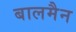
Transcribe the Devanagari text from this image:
बालमैन